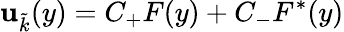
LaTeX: \mathbf{u}_{\tilde{{k}}}(y)=C_{+}F(y)+C_{-}F^{*}(y)